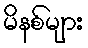
မိနစ်များ